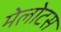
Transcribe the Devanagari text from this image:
मेलोटस